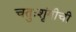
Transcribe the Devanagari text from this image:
चतुःशृंगीची